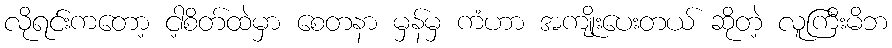
လိုရင်းကတော့ ငါ့စိတ်ထဲမှာ စေတနာ မှန်မှ ကံဟာ အကျိုးပေးတယ် ဆိုတဲ့ လူကြီးမိဘ